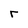
Character: r